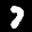
Label: 7